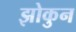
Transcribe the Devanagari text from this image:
झोकुन